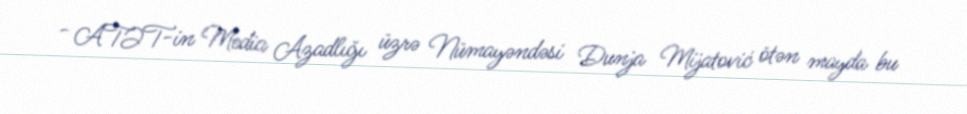
- ATƏT-in Media Azadlığı üzrə Nümayəndəsi Dunja Mijatović ötən mayda bu